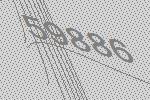
59886